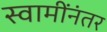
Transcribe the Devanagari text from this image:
स्वामींनंतर